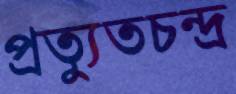
প্রত্যুতচন্দ্র